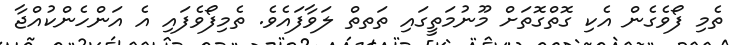
ތެމި ފޯވެގެން އެކި ގޮތްގޮތަށް މޫނުމަތީގައި ތަތތް ލަވާފައެވެ. ތެމިފޯވެފައި އެ އަންހެންކުއްޖާ